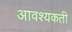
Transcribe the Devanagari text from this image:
आवश्यकती